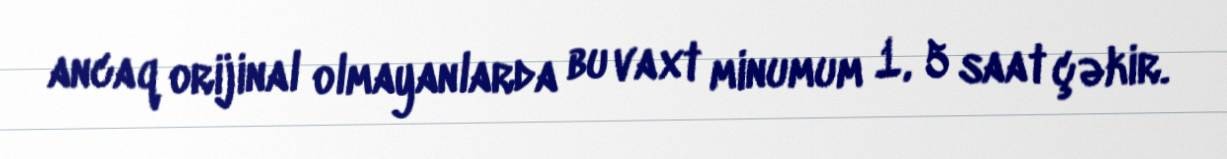
ancaq orijinal olmayanlarda bu vaxt minumum 1, 5 saat çəkir.